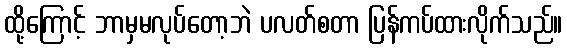
ထို့ကြောင့် ဘာမှမလုပ်တော့ဘဲ ပလတ်စတာ ပြန်ကပ်ထားလိုက်သည်။